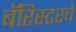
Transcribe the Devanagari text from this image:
बॅरिस्टरचे